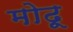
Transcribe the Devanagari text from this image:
मोढू